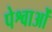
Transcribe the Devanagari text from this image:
पेश्वाओं